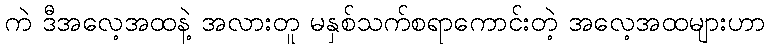
ကဲ ဒီအလေ့အထနဲ့ အလားတူ မနှစ်သက်စရာကောင်းတဲ့ အလေ့အထများဟာ